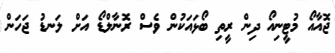
ޖޮއާއޯ މުޓީނިއޯ ދިން ރީތި ބޯޅައަކުން ވެސް ރޮނާލްޑޯ އަށް ލަނޑު ޖަހަން